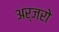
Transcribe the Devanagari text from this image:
अर्जरो